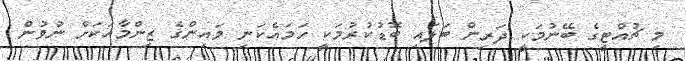
މި ޗުއްޓީގެ ބޭނުމަކީ ދަރިން ބަލައި ބޮޑުކުރުމަކީ ހަމައެކަނި މައިންގެ ޒިންމާއަކަށް ނުވުން